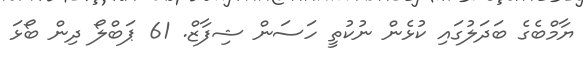
ޔާމްބެގެ ބަދަލުގައި ކުޅެން ނުކުތީ ހަސަން ޝިފާޒް. 61 ޕަބްލޯ ދިން ބޯޅަ